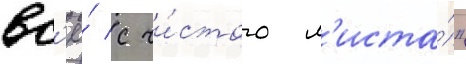
вс'ё́ с чи́стого л'иста́"